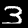
Digit: 3